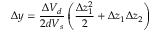
\Delta y = \frac { \Delta V _ { d } } { 2 d V _ { s } } \left( \frac { \Delta z _ { 1 } ^ { 2 } } { 2 } + \Delta z _ { 1 } \Delta z _ { 2 } \right)